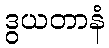
ဒွယတာနံ